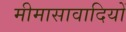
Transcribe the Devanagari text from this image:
मीमासावादियों